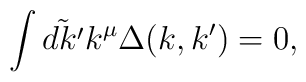
\int\tilde{dk^{\prime}} k^{\mu}\Delta(k, k^{\prime}) = 0,